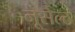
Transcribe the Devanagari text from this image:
नूसेल्ट